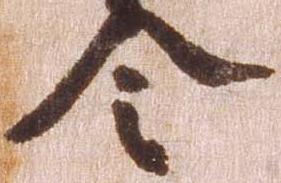
令